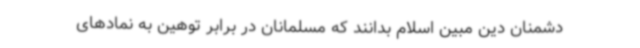
دشمنان دین مبین اسلام بدانند که مسلمانان در برابر توهین به نمادهای